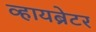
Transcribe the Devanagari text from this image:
व्हायब्रेटर